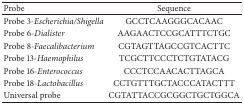
| Probe | Sequence |
 | --- | --- |
 | Probe 3-Escherichia/Shigella | GCCTCAAGGGCACAAC |
 | Probe 6-Dialister | AAGAACTCCGCATTTCTGC |
 | Probe 8-Faecalibacterium | CGTAGTTAGCCGTCACTTC |
 | Probe 13-Haemophilus | TCGCTTCCCTCTGTATACG |
 | Probe 16-Enterococcus | CCCTCCAACACTTAGCA |
 | Probe 18-Lactobacillus | CCTGTTTGCTACCCATACTTT |
 | Universal probe | CGTATTACCGCGGCTGCTGGCA |